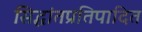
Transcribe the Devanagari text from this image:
सिद्धांतप्रतिपादित